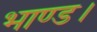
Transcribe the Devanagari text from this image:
भाण्ड।